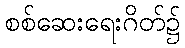
စစ်ဆေးရေးဂိတ်၌